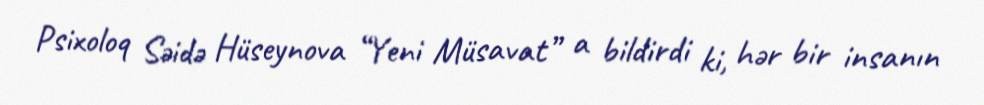
Psixoloq Səidə Hüseynova “Yeni Müsavat” a bildirdi ki, hər bir insanın